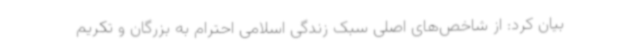
بیان کرد: از شاخص‌های اصلی سبک زندگی اسلامی احترام به بزرگان و تکریم